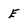
Character: E